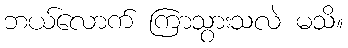
ဘယ်လောက် ကြာသွားသလဲ မသိ။